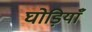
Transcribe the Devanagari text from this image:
घोड़ियाँ